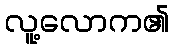
လူ့လောက၏